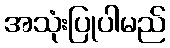
အသုံးပြုပါမည်